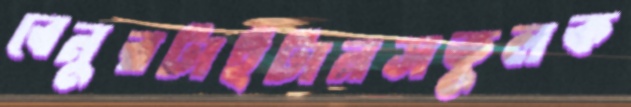
বেনুরটাইটানসকুলক